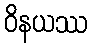
ဝိနယဿ